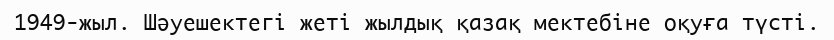
1949-жыл. Шәуешектегі жеті жылдық қазақ мектебіне оқуға түсті.